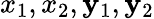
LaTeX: x_{1},x_{2},\mathbf{y}_{1},\mathbf{y}_{2}